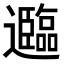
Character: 𮟤